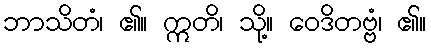
ဘာသိတံ၊ ၏။ ဣတိ၊ သို့။ ဝေဒိတဗ္ဗံ၊ ၏။